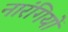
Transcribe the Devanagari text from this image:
नारंगियों